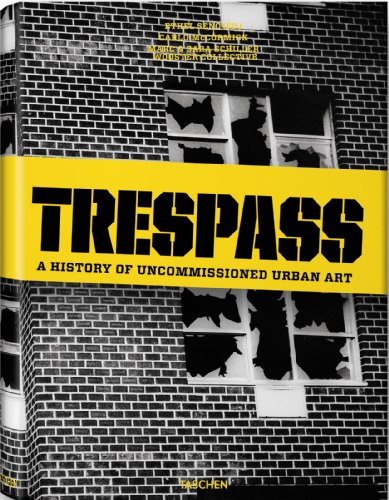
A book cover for Trespass: A History Of Uncommissioned Urban Art; Carlo McCormick; Arts & Photography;